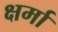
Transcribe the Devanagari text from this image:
क्षर्मा